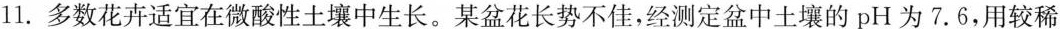
11.多数花卉适宜在微酸性土壤中生长。某盆花长势不佳，经测定盆中土壤的pH为7.6，用较稀